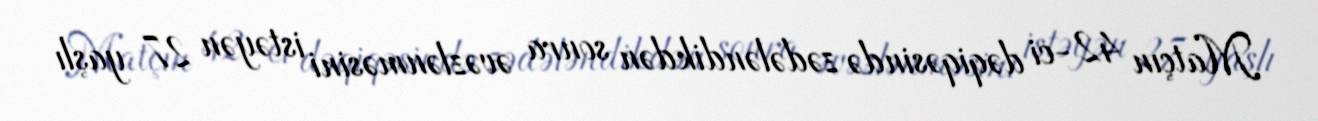
Matçın 42-ci dəqiqəsində zədələndikdən sonra əvəzlənməsini istəyən 27 yaşlı